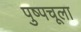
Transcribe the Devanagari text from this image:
पुष्पचूला